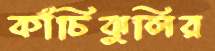
কাঁচিঝুলির